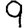
Digit: 9